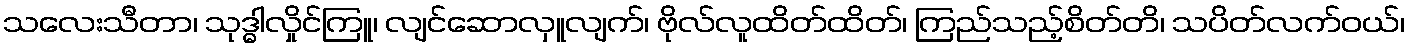
သလေးသီတာ၊ သုဒ္ဓါလှိုင်ကြူ၊ လျင်ဆောလှူလျက်၊ ဗိုလ်လူထိတ်ထိတ်၊ ကြည်သည့်စိတ်တိ၊ သပိတ်လက်ဝယ်၊